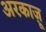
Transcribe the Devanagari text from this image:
अरकाज़ू